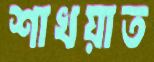
শাখয়াত